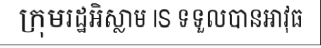
ក្រុមរដ្ឋអិស្លាម IS ទទួលបានអាវុធ